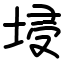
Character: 埐